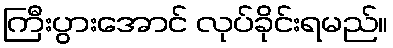
ကြီးပွားအောင် လုပ်ခိုင်းရမည်။